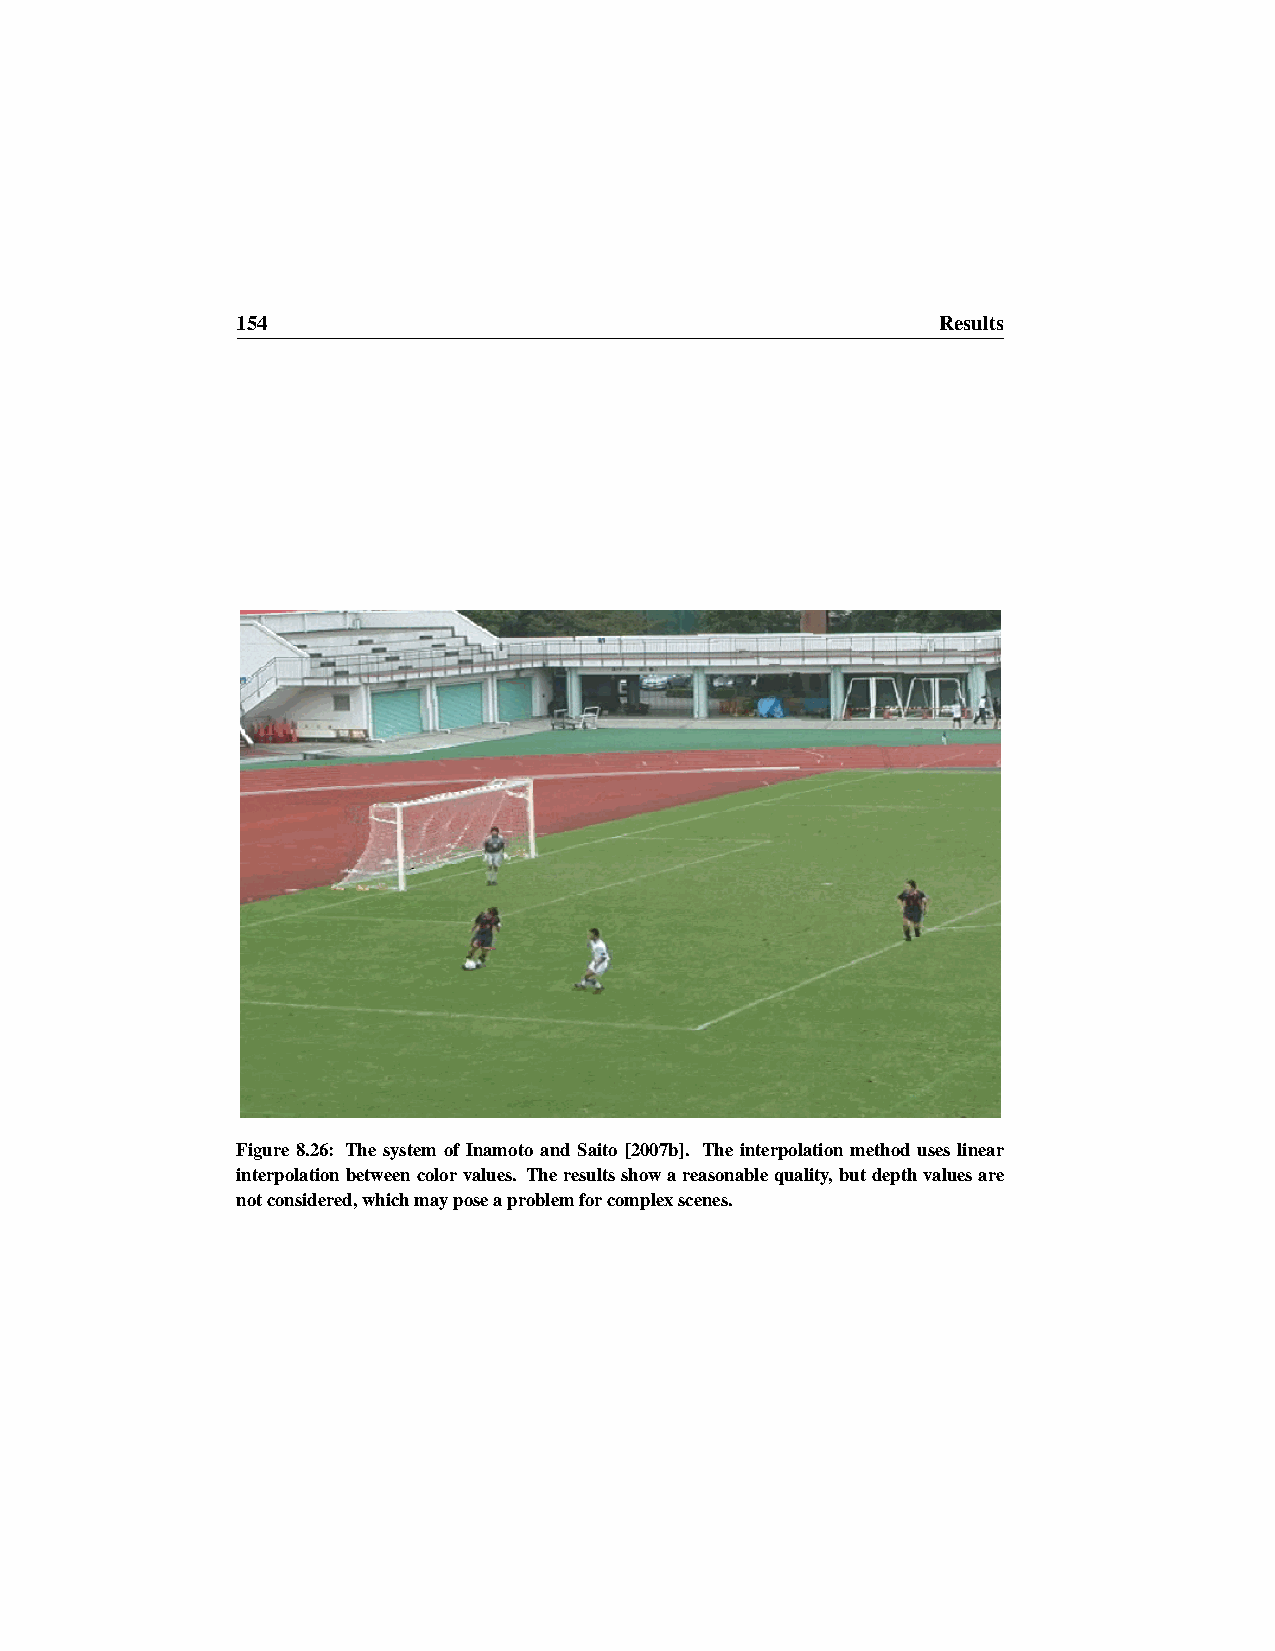
154                                           Results
 Figure 8.26: The system of Inamoto and Saito [2007b]. The interpolation method uses linear
 interpolationbetweencolorvalues. Theresultsshowareasonablequality,butdepthvaluesare
 notconsidered,whichmayposeaproblemforcomplexscenes.